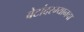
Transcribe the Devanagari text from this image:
बेटांदरम्यानचा